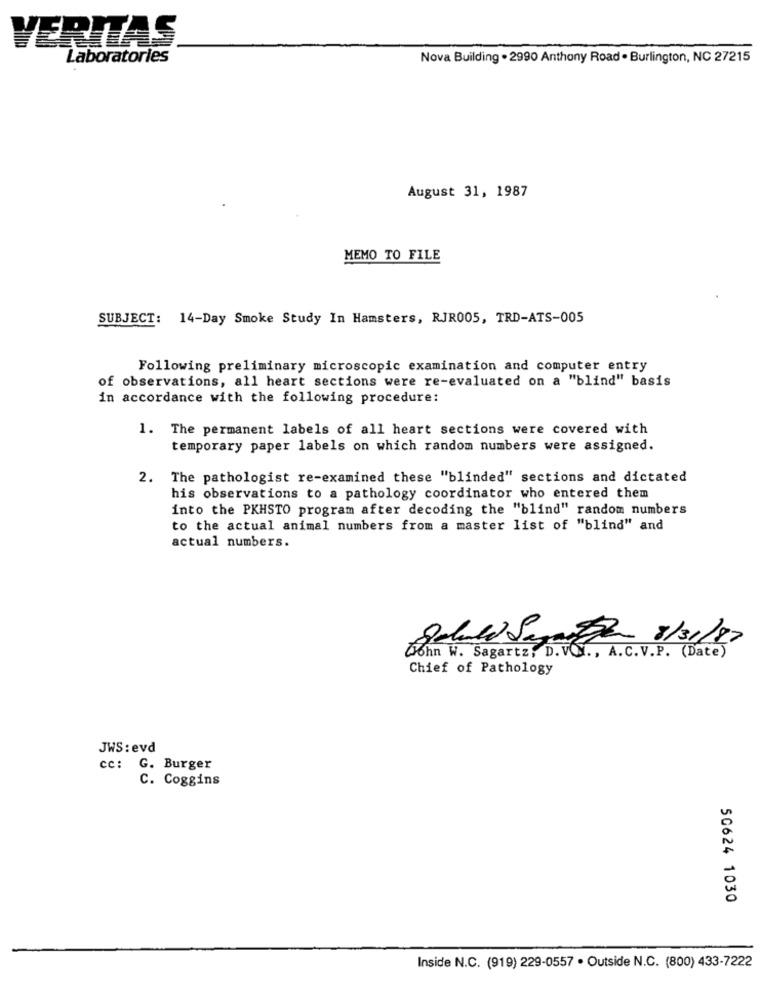
VERITAS.
Laboratories
Nova Building . 2990 Anthony Road . Burlington, NC 27215
August 31, 1987
MEMO TO FILE
SUBJECT: 14-Day Smoke Study In Hamsters, RJR005, TRD-ATS-005
Following preliminary microscopic examination and computer entry
of observations, all heart sections were re-evaluated on a "blind" basis
in accordance with the following procedure:
1. The permanent labels of all heart sections were covered with
temporary paper labels on which random numbers were assigned.
2. The pathologist re-examined these "blinded" sections and dictated
his observations to a pathology coordinator who entered them
into the PKHSTO program after decoding the "blind" random numbers
to the actual animal numbers from a master list of "blind" and
actual numbers.
Schuld Sogarpor 8/31/87
John W. Sagartz, D. VOI ., A.C.V.P. (Date)
Chief of Pathology
JWS : evd
cc: G. Burger
C. Coggins
50624 1030
Inside N.C. (919) 229-0557 . Outside N.C. (800) 433-7222